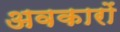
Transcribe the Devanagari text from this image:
अवकारों